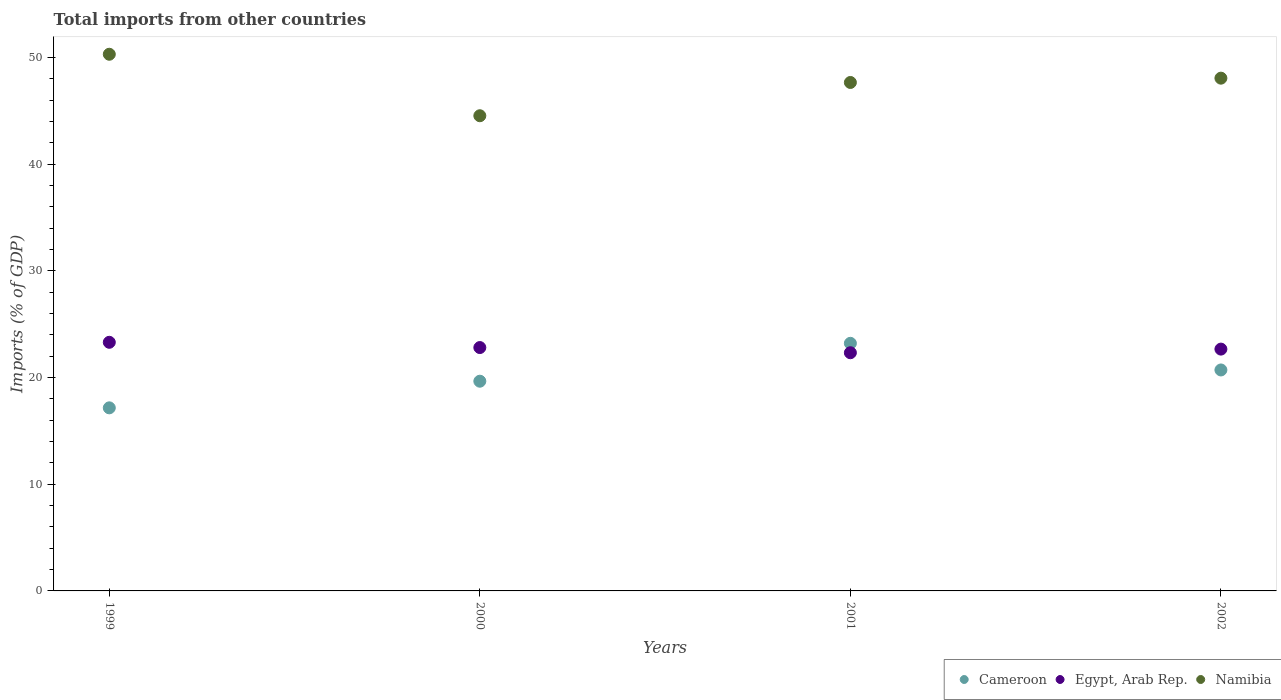
| Years | Cameroon | Egypt, Arab Rep. | Namibia |
 | --- | --- | --- | --- |
 | 1999 | 17.2 | 23.3 | 50.3 |
 | 2000 | 19.7 | 22.8 | 44.6 |
 | 2001 | 23.2 | 22.3 | 47.7 |
 | 2002 | 20.7 | 22.7 | 48.1 |